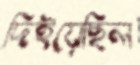
দিইয়েছিল